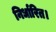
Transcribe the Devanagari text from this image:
निर्धारित।